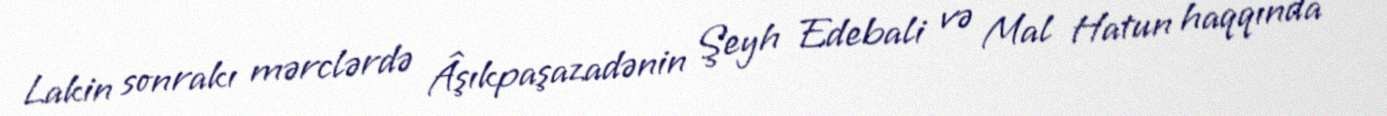
Lakin sonrakı mərclərdə Âşıkpaşazadənin Şeyh Edebali və Mal Hatun haqqında